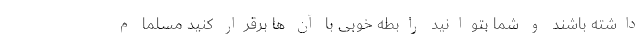
داشته باشند و شما بتوانید رابطه خوبی با آن ها برقرار کنید مسلما م